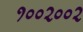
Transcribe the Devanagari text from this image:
१००२००२